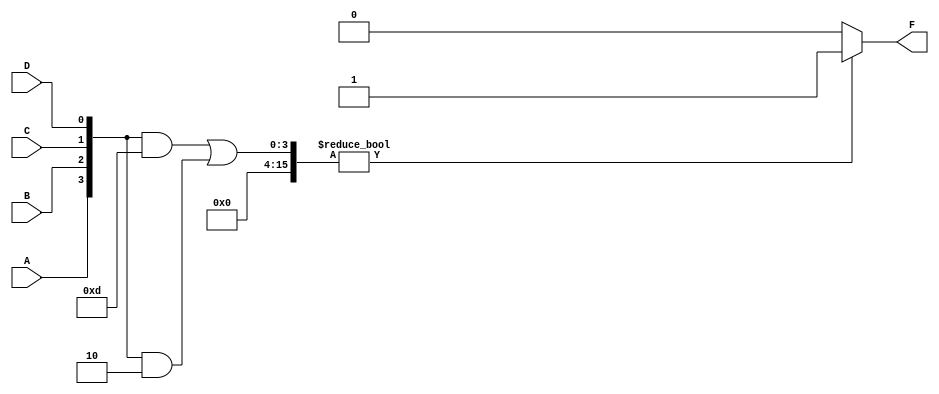
module PrimeImplicant(
    input wire A,
    input wire B,
    input wire C,
    input wire D,
    output wire F
);

// Define the minterms (1's) for the function
parameter Minterms = 4'b1101; // Example: Minterms for A'B'C'D', A'BC'D', AB'C'D', ABCD
parameter DontCare = 4'b0010;  // Example: Don't care conditions

// Internal signals for minterm evaluation
wire [15:0] minterm_mask;
wire [15:0] dont_care_mask;

// Generate minterm mask based on input
assign minterm_mask = {A, B, C, D} & Minterms;

// Generate don't care mask based on input
assign dont_care_mask = {A, B, C, D} & DontCare;

// Final output logic
assign F = (minterm_mask | dont_care_mask) ? 1'b1 : 1'b0;

endmodule